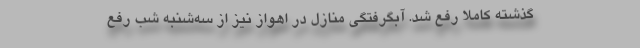
گذشته كاملا رفع شد. آبگرفتگي منازل در اهواز نيز از سه‌شنبه شب رفع